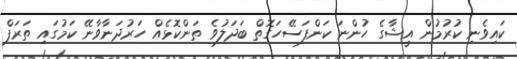
ކައިވެނި ކުރުމުން އީޝާގެ ހުންނަ ކަންފަސޭހަގޮތް ބަދަލުވެ ތަންކޮޅެއް ހަރުދަނާވާނޭ ކަމުގައި ތަރަފް